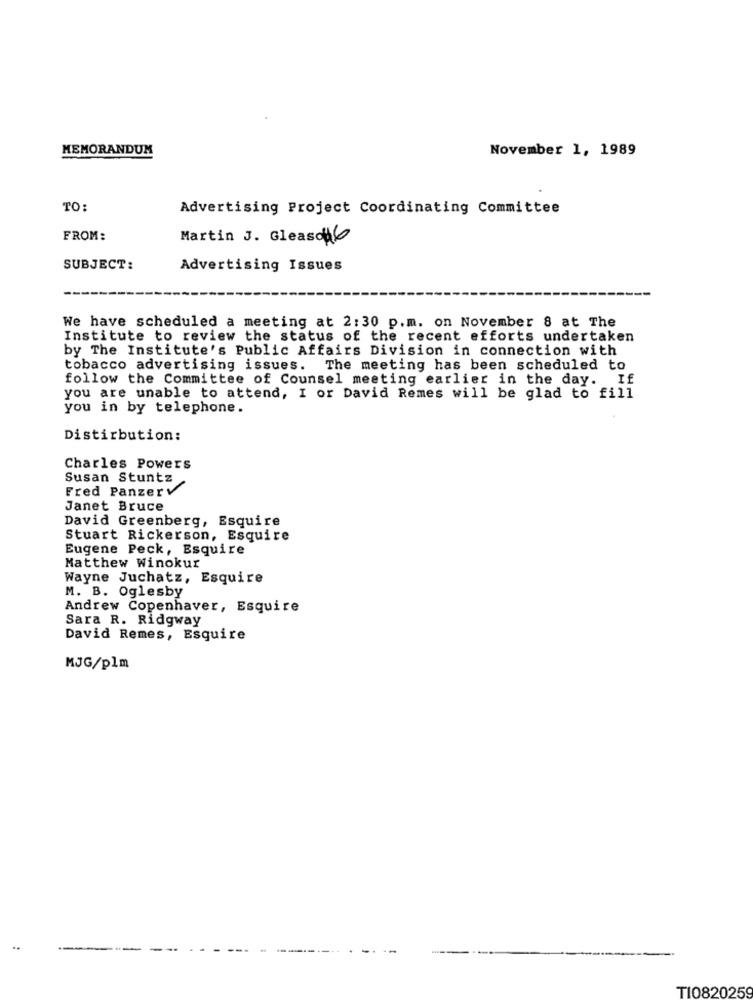
MEMORANDUM
November 1, 1989
TO:
Advertising Project Coordinating Committee
FROM:
Martin J. Gleasda
SUBJECT:
Advertising Issues
We have scheduled a meeting at 2:30 p.m. on November 8 at The
Institute to review the status of the recent efforts undertaken
by The Institute's Public Affairs Division in connection with
tobacco advertising issues. The meeting has been scheduled to
follow the Committee of Counsel meeting earlier in the day. If
you are unable to attend, I or David Remes will be glad to fill
you in by telephone.
Distirbution:
Charles Powers
Susan Stuntz
Fred Panzerv
Janet Bruce
David Greenberg, Esquire
Stuart Rickerson, Esquire
Eugene Peck, Esquire
Matthew Winokur
Wayne Juchatz, Esquire
M. B. Oglesby
Andrew Copenhaver, Esquire
Sara R. Ridgway
David Remes, Esquire
MJG/plm
TI0820259